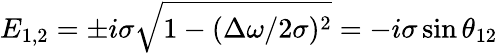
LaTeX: E_{1,2}=\pm i\sigma\sqrt{1-(\Delta\omega/2\sigma)^{2}}=-i\sigma\sin\theta_{12}